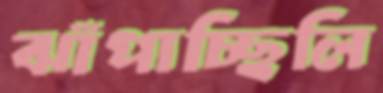
ঝাঁপাচ্ছিলি